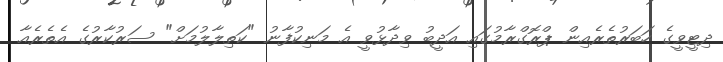
ދިޓީވީގެ ހަބަރުތެެރެއިން ޕްރޮގްރާމުގައި އަދީބު ވިދާޅުވީ އެ މަނިކުފާނު "ކަތިލާލުމަށް" ސަރުކާރުގެ އެތެރެއާ